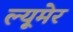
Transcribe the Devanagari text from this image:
ल्यूमेर